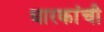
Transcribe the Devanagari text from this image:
धारकांची